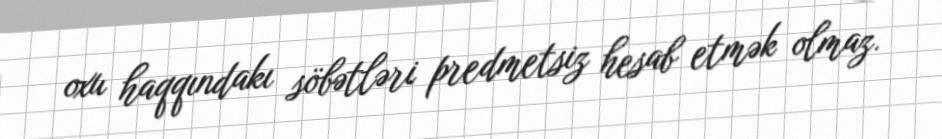
oxu haqqındakı söbətləri predmetsiz hesab etmək olmaz.